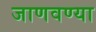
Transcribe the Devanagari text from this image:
जाणवण्या